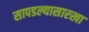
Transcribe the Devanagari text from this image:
सापडल्यासारखा